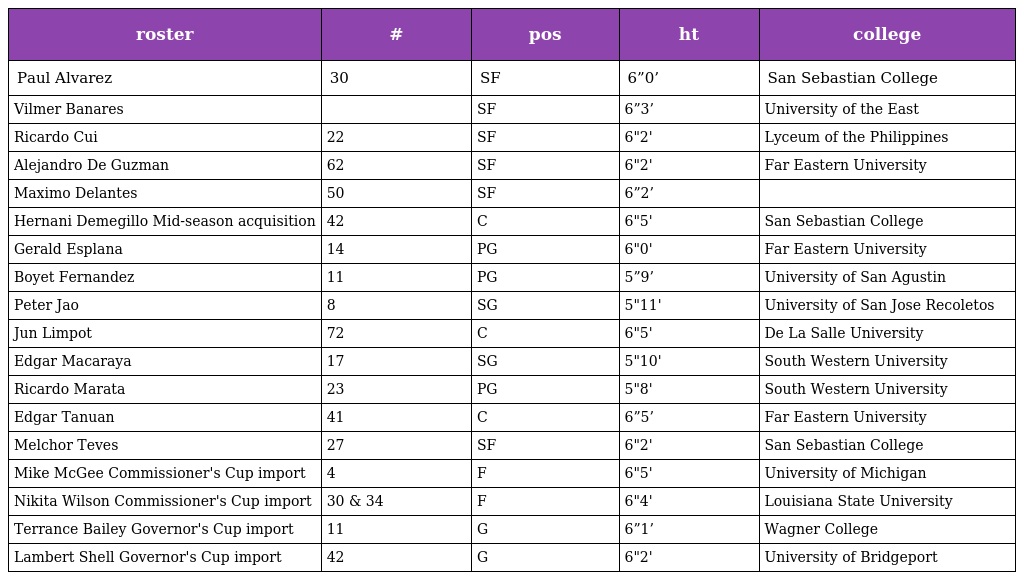
| roster | # | pos | ht | college |
 | --- | --- | --- | --- | --- |
 | Paul Alvarez | 30 | SF | 6”0’ | San Sebastian College |
 | Vilmer Banares |  | SF | 6”3’ | University of the East |
 | Ricardo Cui | 22 | SF | 6"2' | Lyceum of the Philippines |
 | Alejandro De Guzman | 62 | SF | 6"2' | Far Eastern University |
 | Maximo Delantes | 50 | SF | 6”2’ |  |
 | Hernani Demegillo Mid-season acquisition | 42 | C | 6"5' | San Sebastian College |
 | Gerald Esplana | 14 | PG | 6"0' | Far Eastern University |
 | Boyet Fernandez | 11 | PG | 5”9’ | University of San Agustin |
 | Peter Jao | 8 | SG | 5"11' | University of San Jose Recoletos |
 | Jun Limpot | 72 | C | 6"5' | De La Salle University |
 | Edgar Macaraya | 17 | SG | 5"10' | South Western University |
 | Ricardo Marata | 23 | PG | 5"8' | South Western University |
 | Edgar Tanuan | 41 | C | 6”5’ | Far Eastern University |
 | Melchor Teves | 27 | SF | 6"2' | San Sebastian College |
 | Mike McGee Commissioner's Cup import | 4 | F | 6"5' | University of Michigan |
 | Nikita Wilson Commissioner's Cup import | 30 & 34 | F | 6"4' | Louisiana State University |
 | Terrance Bailey Governor's Cup import | 11 | G | 6”1’ | Wagner College |
 | Lambert Shell Governor's Cup import | 42 | G | 6"2' | University of Bridgeport |